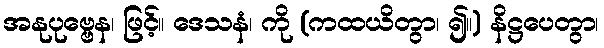
အနုပုဗ္ဗေန၊ ဖြင့်။ ဒေသနံ၊ ကို (ကထယိတွာ၊ ၍။) နိဋ္ဌပေတွာ၊